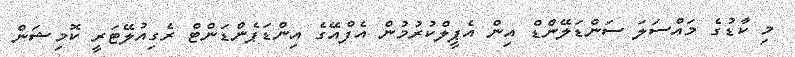
މި ކާޑުގެ މައްސަލަ ސަންޑަލޭންޑް އިން އެޕީލްކުރުމުން އެފްއޭގެ އިންޑަޕެންޑަންޓް ރެގިއުލޭޓަރީ ކޮމިޝަން